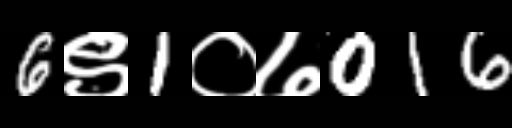
Text: 6९1०७016